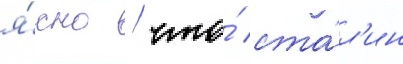
я́сно / что́ ста́л'ин